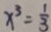
x ^ { 3 } = \frac { 1 } { 3 }